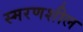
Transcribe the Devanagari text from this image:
स्मरणशील